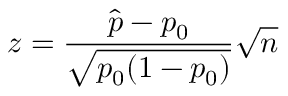
z = { \frac { { \hat { p } } - p _ { 0 } } { \sqrt { p _ { 0 } ( 1 - p _ { 0 } ) } } } { \sqrt { n } }